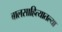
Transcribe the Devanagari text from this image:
बालसाहित्यातल्या